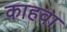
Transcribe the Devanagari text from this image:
काहवा